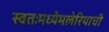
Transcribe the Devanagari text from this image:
स्वतःमध्येमलेरियाची